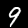
Digit: 9